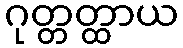
ဂုတ္တတ္ထာယ